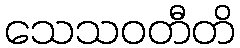
သေသဝတီတိ